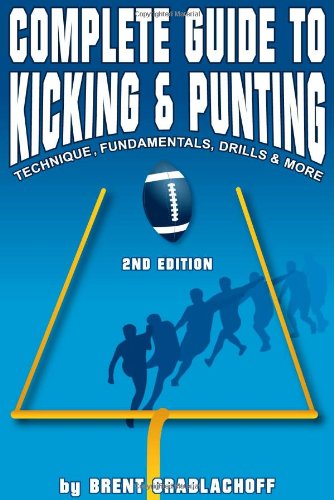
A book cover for Complete Guide to Kicking & Punting; Brent Grablachoff; Sports & Outdoors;